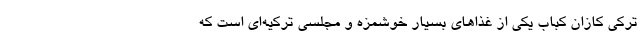
ترکی کازان کباب یکی از غذاهای بسیار خوشمزه و مجلسی ترکیه‌ای است که